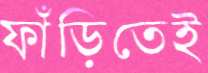
ফাঁড়িতেই